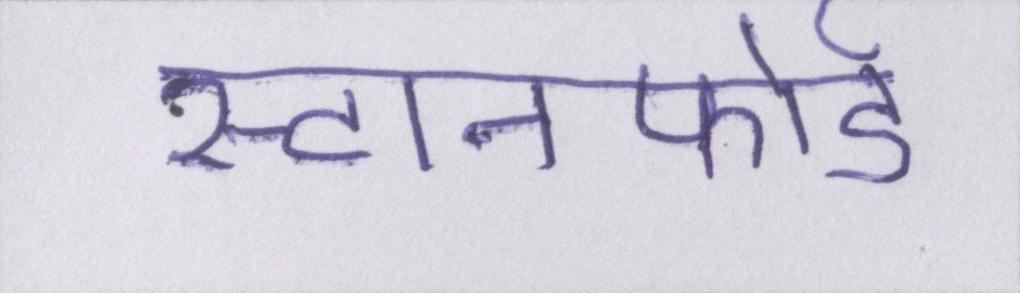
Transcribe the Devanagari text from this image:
स्टानफोर्ड